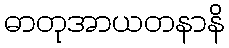
ဓာတုအာယတနာနိ